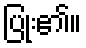
ပြုံး၏။